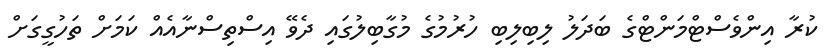
ކުރާ އިންވެސްޓްމަންޓްގެ ބަދަލު ލިބިލިބި ހުރުމުގެ މުގާބިލުގައި ދެވޭ އިސްތިސްނާއެއް ކަމަށް ތަހުގީގަށް